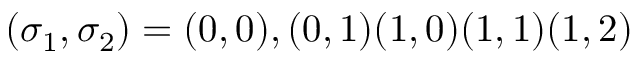
( \sigma _ { 1 } , \sigma _ { 2 } ) = ( 0 , 0 ) , ( 0 , 1 ) ( 1 , 0 ) ( 1 , 1 ) ( 1 , 2 )